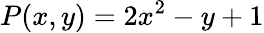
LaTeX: P(x,y)=2x^{2}-y+1